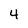
Character: 4